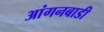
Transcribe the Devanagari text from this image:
आंगनबाडी